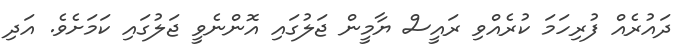
ދައުރެއް ފުރިހަމަ ކުރެއްވި ރައީސް ޔާމީން ޖަލުގައި އޮންނެވީ ޖަލުގައި ކަމަށެވެ. އަދި